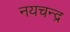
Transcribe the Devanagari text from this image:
नयचन्द्र